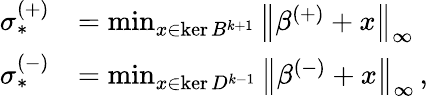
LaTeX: \begin{array}{rl}{\sigma_{*}^{(+)}}&{=\operatorname*{min}_{x\in\ker B^{k+1}}\left\lVert\beta^{(+)}+x\right\rVert_{\infty}}\\ {\sigma_{*}^{(-)}}&{=\operatorname*{min}_{x\in\ker D^{k-1}}\left\lVert\beta^{(-)}+x\right\rVert_{\infty}\, ,}\end{array}